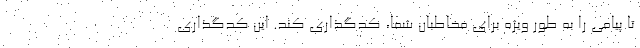
تا پیامی را به طور ویژه برای مخاطبان شما، کدگذاری کند. این کدگذاری